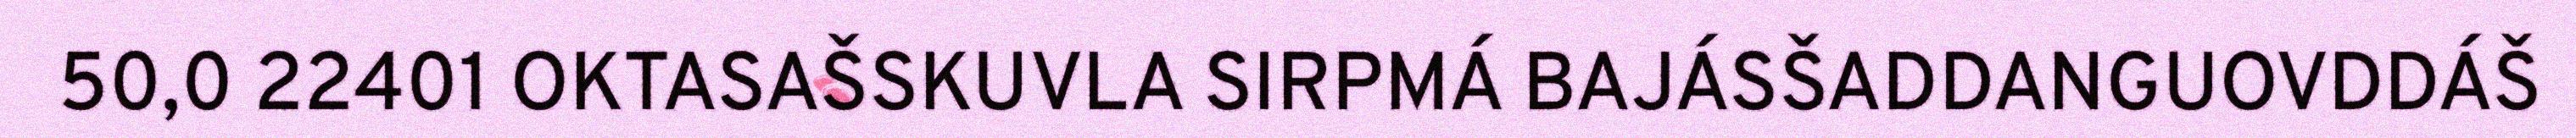
50,0 22401 OKTASAŠSKUVLA SIRPMÁ BAJÁSŠADDANGUOVDDÁŠ